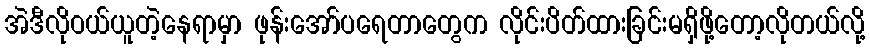
အဲဒီလိုဝယ်ယူတဲ့နေရာမှာ ဖုန်းအော်ပရေတာတွေက လိုင်းပိတ်ထားခြင်းမရှိဖို့တော့လိုတယ်လို့